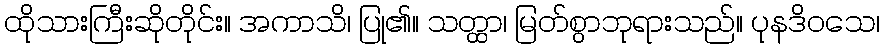
ထိုသားကြီးဆိုတိုင်း။ အကာသိ၊ ပြု၏။ သတ္ထာ၊ မြတ်စွာဘုရားသည်။ ပုနဒိဝသေ၊